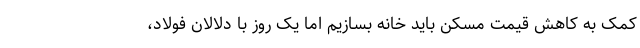
کمک به کاهش قیمت مسکن باید خانه بسازیم اما یک روز با دلالان فولاد،